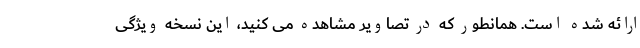
ارائه شده است. همانطور که در تصاویر مشاهده می کنید، این نسخه ویژگی